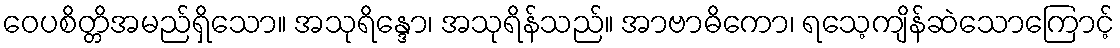
ဝေပစိတ္တိအမည်ရှိသော။ အသုရိန္ဒော၊ အသုရိန်သည်။ အာဗာဓိကော၊ ရသေ့ကျိန်ဆဲသောကြောင့်